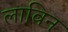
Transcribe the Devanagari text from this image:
लाविन